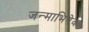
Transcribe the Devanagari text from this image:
जन्माभिषेक